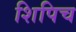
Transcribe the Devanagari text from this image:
शिपिच